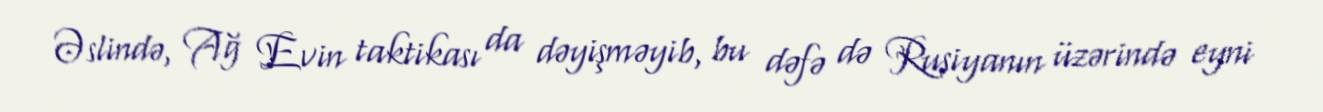
Əslində, Ağ Evin taktikası da dəyişməyib, bu dəfə də Rusiyanın üzərində eyni